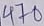
Text: 470